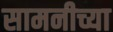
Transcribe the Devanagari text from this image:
सामनीच्या